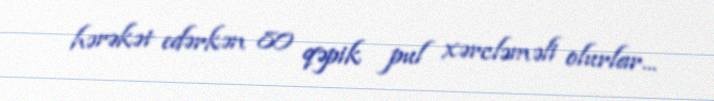
hərəkət edərkən 80 qəpik pul xərcləməli olurlar...